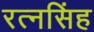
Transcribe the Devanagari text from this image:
रत्‍नसिंह